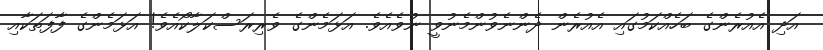
އަދި އެއުރެންގެ ބަހެއްކަމުގައި އެއުރެން ދެންނެވުންމެނުވީ ނުވެއެވެ. އަޅަމެންގެ ވެރިރަސްކަލާކޯއެވެ! އަޅަމެންގެ ފާފަތަކާއި